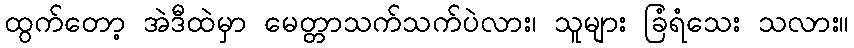
ထွက်တော့ အဲဒီထဲမှာ မေတ္တာသက်သက်ပဲလား၊ သူများ ခြံရံသေး သလား။